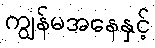
ကျွန်မအနေနှင့်